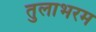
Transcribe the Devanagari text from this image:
तुलाभरम